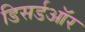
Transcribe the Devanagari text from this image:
डिसर्डऑर